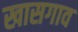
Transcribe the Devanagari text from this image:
खासगाव